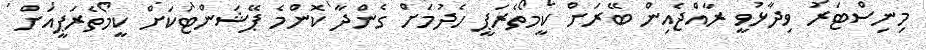
މިނިސްޓަރު ވިދާޅުވީ ރާއްޖެއިން ބޭރަށް ކީމޯތެރަޕީ ހެދުމަށް ގެންދާ ކޮންމެ ޕޭޝަންޓަކަށް ކީމޯތެރަޕީއަށް